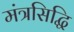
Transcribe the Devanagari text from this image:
मंत्रसिद्धि